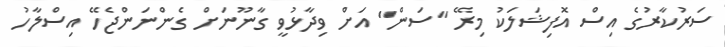
ސަރުކާރުގެ އިސް އޮފިޝަލަކު މިރޭ "ސަން" އަށް ވިދާޅުވީ ގާނޫނަށް ގެންނަންޖެހޭ އިސްލާހު